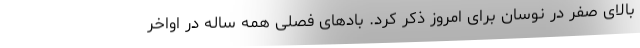
بالای صفر در نوسان برای امروز ذکر کرد. بادهای فصلی همه ساله در اواخر